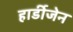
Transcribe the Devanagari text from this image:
हार्डीजेन